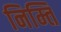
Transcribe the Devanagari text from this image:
निम्ति